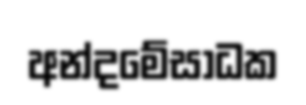
අන්දමේසාධක